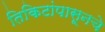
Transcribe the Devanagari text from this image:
तिकिटांपासूनचे